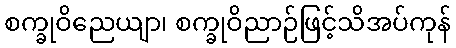
စက္ခုဝိညေယျာ၊ စက္ခုဝိညာဉ်ဖြင့်သိအပ်ကုန်